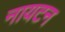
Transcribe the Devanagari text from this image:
नायटन